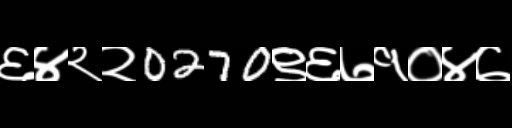
Text: ६४२२0270९६७१०४७